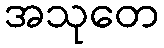
အသုတေ